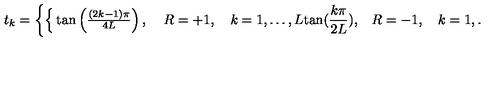
t _ { k } = \left\{ \begin{cases} { \tan \left( { \frac { ( 2 k - 1 ) \pi } { 4 L } } \right) , } & { \quad R = + 1 , \quad k = 1 , \ldots , L } \\ { \tan ( { \frac { k \pi } { 2 L } } ) , } & { \quad R = - 1 , \quad k = 1 , \ldots , L - 1 } \\ \end{cases} \right.